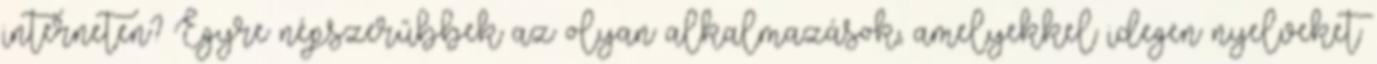
interneten? Egyre népszerűbbek az olyan alkalmazások, amelyekkel idegen nyelveket